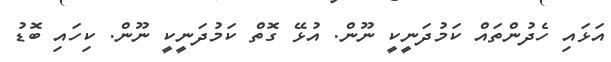
އަޅައި ހެދުންތައް ކަމުދަނީކީ ނޫން. އުޅޭ ގޮތް ކަމުދަނީކީ ނޫން. ކިހައި ބޮޑު